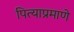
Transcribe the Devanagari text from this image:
पित्याप्रमाणे